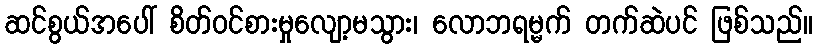
ဆင်စွယ်အပေါ် စိတ်ဝင်စားမှုလျော့မသွား၊ လောဘရမ္မက် တက်ဆဲပင် ဖြစ်သည်။